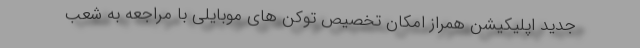
جدید اپلیکیشن همراز امکان تخصیص توکن های موبایلی با مراجعه به شعب